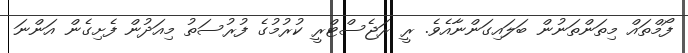
ފޯމްތައް މިތަންތަނުން ބަލައިގަންނާއެވެ. ރީ ރަޖެސްޓްރީ ކުރުމުގެ ފުރުސަތު މިއަދުން ފެށިގެން އަންނަ